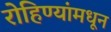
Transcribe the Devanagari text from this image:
रोहिण्यांमधून